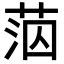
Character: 𦰪